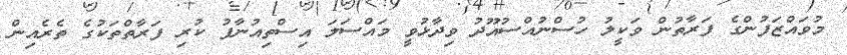
މުވައްޒަފުންގެ ފަރާތުން ވަކީލު ހުސްނުއްސުއޫދު ވިދާޅުވީ މައްސަލަ އިސްތިއުނާފު ކުރި ފަރާތްތަކުގެ ތެރެއިން